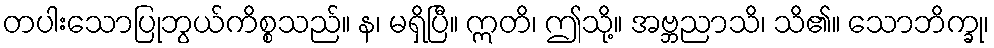
တပါးသောပြုဘွယ်ကိစ္စသည်။ န၊ မရှိပြီ။ ဣတိ၊ ဤသို့။ အဗ္ဘညာသိ၊ သိ၏။ သောဘိက္ခု၊